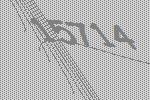
15714